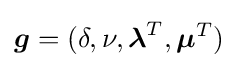
{\boldsymbol {g}}=(\delta ,\nu ,{\boldsymbol {\lambda }}^{T},{\boldsymbol {\mu }}^{T})